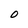
Character: O